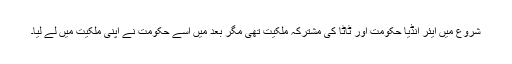
شروع میں ایئر انڈیا حکومت اور ٹاٹا کی مشترکہ ملکیت تھی مگر بعد میں اسے حکومت نے اپنی ملکیت میں لے لیا۔